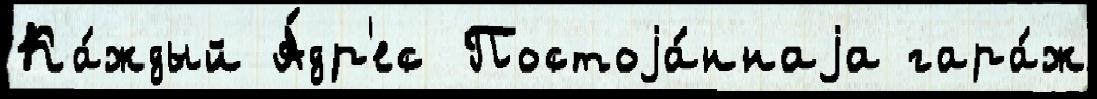
Ка́ждый А́др'ес Постоjа́ннаjа гара́ж